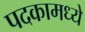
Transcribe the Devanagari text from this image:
पदकामध्ये